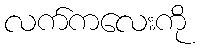
လက်ကလေးကို